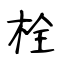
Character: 栓